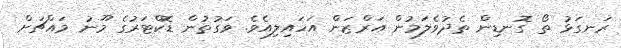
ރަނގަޅު ތޯ ގޮނޑިން ތެދުވެލަމުން އަރްޒަން އަހައިލިއެވެ. ވަގުތުން ޑޮކްޓަރުގެ މޫނު މައްޗަށް